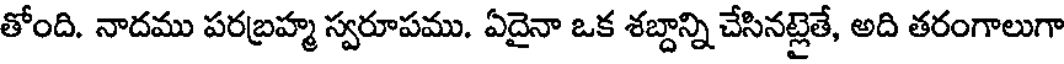
తోంది. నాదము పరబ్రహ్మ స్వరూపము. ఏదైనా ఒక శబ్దాన్ని చేసినట్లైతే, అది తరంగాలుగా